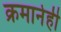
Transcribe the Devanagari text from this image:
क्रमानेही